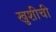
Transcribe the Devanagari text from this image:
खुशीची